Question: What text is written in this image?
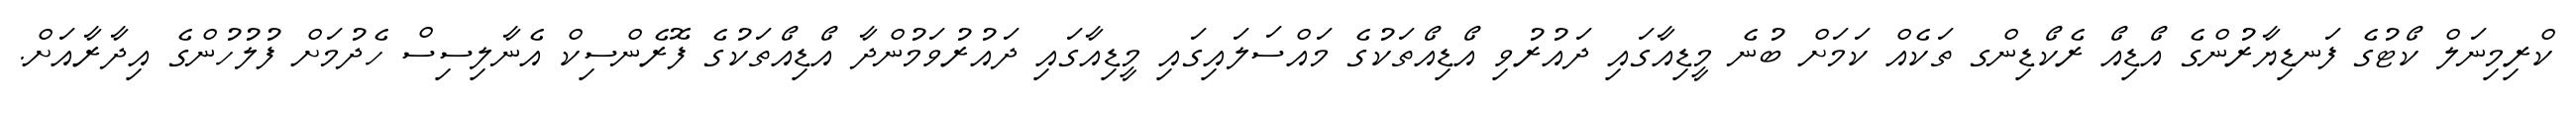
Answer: ކްރިމިނަލް ކޯޓުގެ ފަނޑިޔާރުންގެ އޯޑިއޯ ރެކޯޑިންގ ތަކެއް ކަމަށް ބުނެ މީޑިއާގައި ދައުރުވި އޯޑިއޯތަކުގެ މައްސަލައިގައި މީޑިއާގައި ދައުރުވަމުންދާ އޯޑިއޯތަކުގެ ފޮރެންސިކް އެނާލިސިސް ހެދުމަށް ފުލުހުންގެ އިދާރާއަށް.